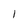
Character: l